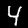
Label: 4